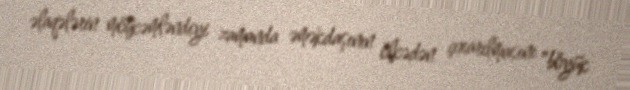
əlaqələrin möhkəmləndiyi zamanda əməkdaşının ölkədən çıxarılmasını "böyük